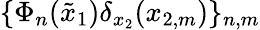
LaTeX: \{ \Phi_{n}(\tilde{x}_{1})\delta_{x_{2}}(x_{2,m})\} _{n,m}